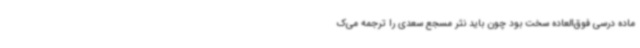
ماده درسی فوق‌العاده سخت بود چون باید نثر مسجع سعدی را ترجمه می‌ک